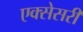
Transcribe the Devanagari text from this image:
एक्सेसरी